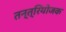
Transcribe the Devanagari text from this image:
तन्त्रियोजक